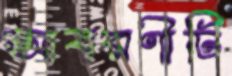
আবরণীটি